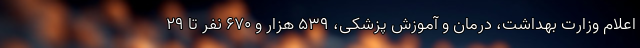
اعلام وزارت بهداشت، درمان و آموزش پزشکی، ۵۳۹ هزار و ۶۷۰ نفر تا ۲۹